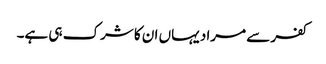
کفر سے مراد یہاں ان کا شرک ہی ہے۔